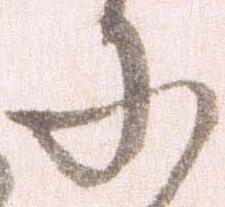
に